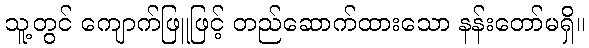
သူ့တွင် ကျောက်ဖြူဖြင့် တည်ဆောက်ထားသော နန်းတော်မရှိ။